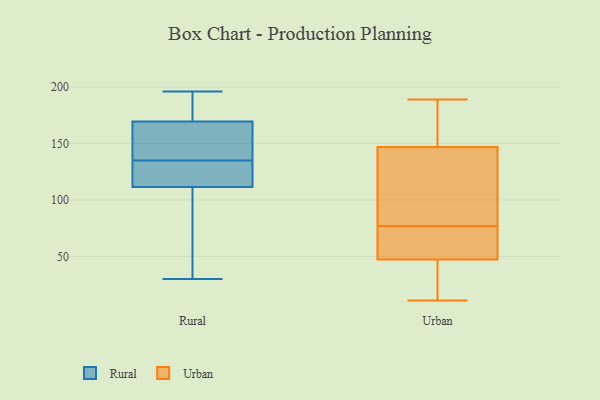
{"axis": {"x": "Tickets Resolved", "y": "Value"}, "legend": ["Rural", "Urban"], "data": [{"x": "", "y": 187, "type": "Rural"}, {"x": "", "y": 174, "type": "Rural"}, {"x": "", "y": 49, "type": "Rural"}, {"x": "", "y": 135, "type": "Rural"}, {"x": "", "y": 113, "type": "Rural"}, {"x": "", "y": 196, "type": "Rural"}, {"x": "", "y": 43, "type": "Rural"}, {"x": "", "y": 113, "type": "Rural"}, {"x": "", "y": 126, "type": "Rural"}, {"x": "", "y": 150, "type": "Rural"}, {"x": "", "y": 147, "type": "Rural"}, {"x": "", "y": 111, "type": "Rural"}, {"x": "", "y": 156, "type": "Rural"}, {"x": "", "y": 144, "type": "Rural"}, {"x": "", "y": 182, "type": "Rural"}, {"x": "", "y": 30, "type": "Rural"}, {"x": "", "y": 132, "type": "Rural"}, {"x": "", "y": 196, "type": "Rural"}, {"x": "", "y": 50, "type": "Rural"}, {"x": "", "y": 183, "type": "Urban"}, {"x": "", "y": 144, "type": "Urban"}, {"x": "", "y": 21, "type": "Urban"}, {"x": "", "y": 156, "type": "Urban"}, {"x": "", "y": 11, "type": "Urban"}, {"x": "", "y": 77, "type": "Urban"}, {"x": "", "y": 53, "type": "Urban"}, {"x": "", "y": 134, "type": "Urban"}, {"x": "", "y": 33, "type": "Urban"}, {"x": "", "y": 60, "type": "Urban"}, {"x": "", "y": 112, "type": "Urban"}, {"x": "", "y": 28, "type": "Urban"}, {"x": "", "y": 52, "type": "Urban"}, {"x": "", "y": 68, "type": "Urban"}, {"x": "", "y": 115, "type": "Urban"}, {"x": "", "y": 176, "type": "Urban"}, {"x": "", "y": 189, "type": "Urban"}]}